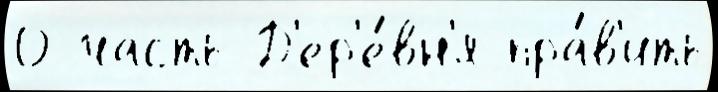
О часть Д'ер'е́вн'я пра́в'ить